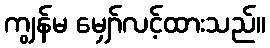
ကျွန်မ မျှော်လင့်ထားသည်။